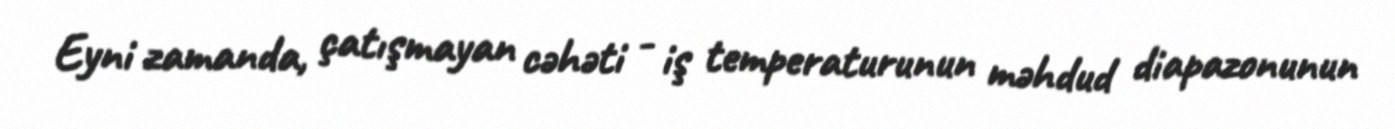
Eyni zamanda, çatışmayan cəhəti - iş temperaturunun məhdud diapazonunun